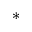
^ \ast